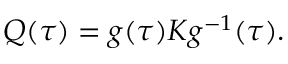
Q ( \tau ) = g ( \tau ) K g ^ { - 1 } ( \tau ) .